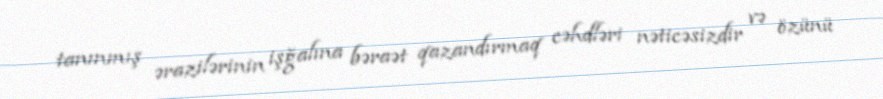
tanınmış ərazilərinin işğalına bəraət qazandırmaq cəhdləri nəticəsizdir və özünü